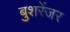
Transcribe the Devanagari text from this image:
बुशरेंजर